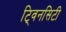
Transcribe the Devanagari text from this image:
टि्वनसिटी